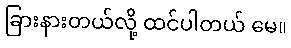
ခြားနားတယ်လို့ ထင်ပါတယ် မေ။